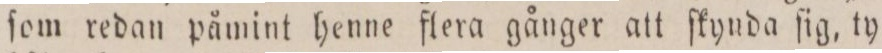
ſom redan påmint henne flera gånger att ſkynda ſig, ty